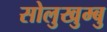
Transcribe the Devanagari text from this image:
सोलुखुम्बु